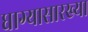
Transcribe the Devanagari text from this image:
धाग्यासारख्या